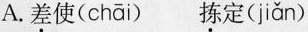
A.差使( chāi )拣定( jiǎn )